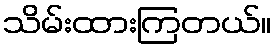
သိမ်းထားကြတယ်။